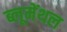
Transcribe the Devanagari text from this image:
ब्लूमेंथल